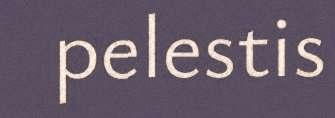
pelestis